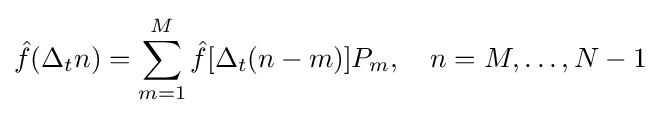
{\hat {f}}(\Delta _{t}n)=\sum _{m=1}^{M}{\hat {f}}[\Delta _{t}(n-m)]P_{m},\quad n=M,\dots ,N-1